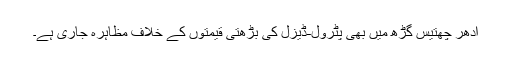
ادھر چھتیس گڑھ میں بھی پٹرول-ڈیزل کی بڑھتی قیمتوں کے خلاف مظاہرہ جاری ہے۔